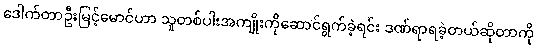
ဒေါက်တာဦးမြင့်မောင်ဟာ သူတစ်ပါးအကျိုးကိုဆောင်ရွက်ခဲ့ရင်း ဒဏ်ရာရခဲ့တယ်ဆိုတာကို